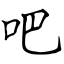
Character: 吧